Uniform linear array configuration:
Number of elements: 12
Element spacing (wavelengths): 0.5
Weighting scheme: kaiser
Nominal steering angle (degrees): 0
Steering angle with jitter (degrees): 1.903
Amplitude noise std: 0.05
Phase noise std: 0.05

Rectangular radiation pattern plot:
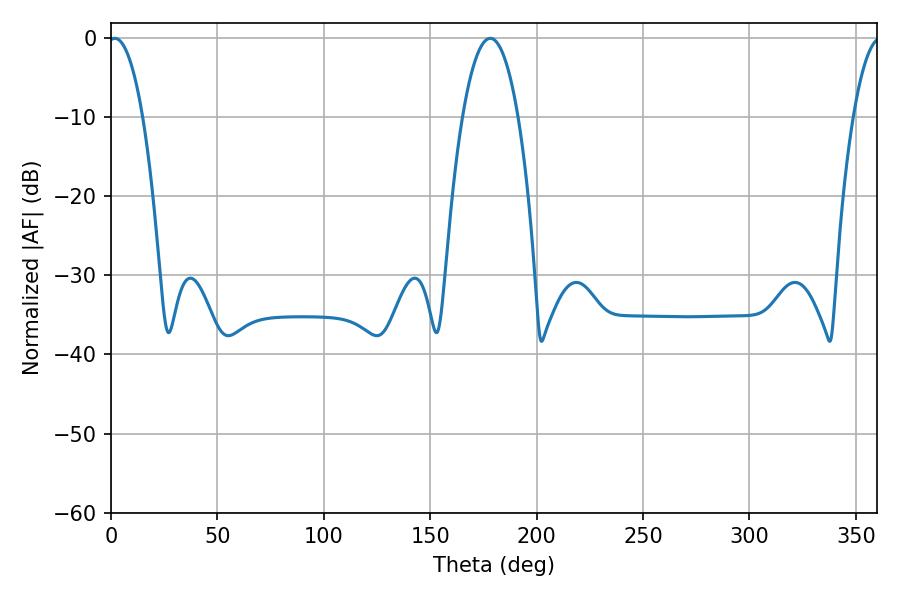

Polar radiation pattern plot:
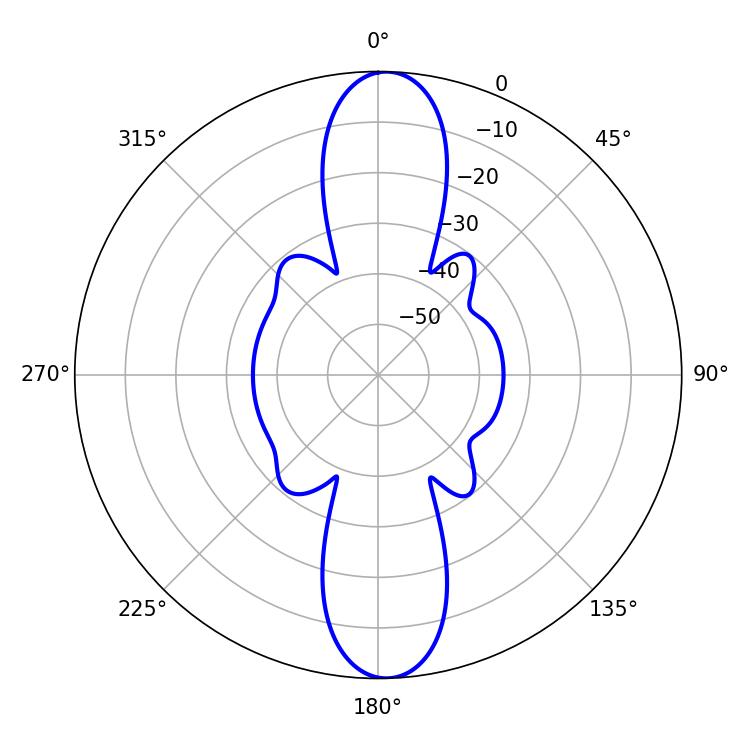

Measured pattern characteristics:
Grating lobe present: FALSE
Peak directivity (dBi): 20.769
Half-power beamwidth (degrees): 9
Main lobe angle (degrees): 1.8